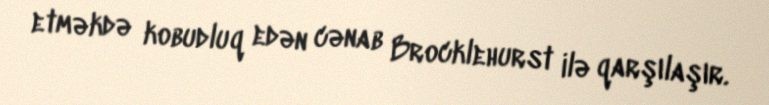
etməkdə kobudluq edən cənab Brocklehurst ilə qarşılaşır.